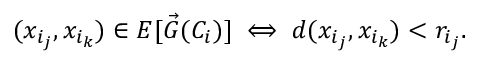
( x _ { i _ { j } } , x _ { i _ { k } } ) \in E [ \vec { G } ( C _ { i } ) ] \iff d ( x _ { i _ { j } } , x _ { i _ { k } } ) < r _ { i _ { j } } .